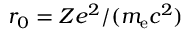
r _ { 0 } = Z e ^ { 2 } / ( m _ { \mathrm { e } } c ^ { 2 } )